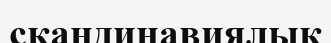
скандинавиялық